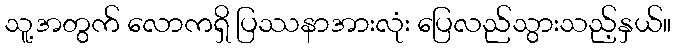
သူ့အတွက် လောကရှိ ပြဿနာအားလုံး ပြေလည်သွားသည့်နှယ်။